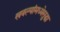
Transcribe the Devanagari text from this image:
खवल्यांमध्येसुद्धा